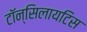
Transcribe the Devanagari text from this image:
टॉन्सिलायटिस